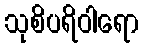
သုစိပရိဝါရော